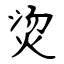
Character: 烫